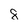
Character: 8